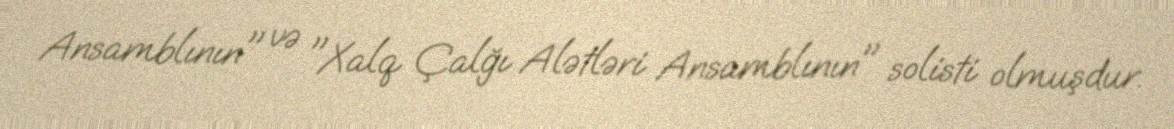
Ansamblının" və "Xalq Çalğı Alətləri Ansamblının" solisti olmuşdur.